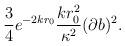
LaTeX: \begin{align*}\frac{3}{4} e^{-2 k r_0} \frac{k r_0^2}{\kappa^2} (\partial b)^2 .\end{align*}